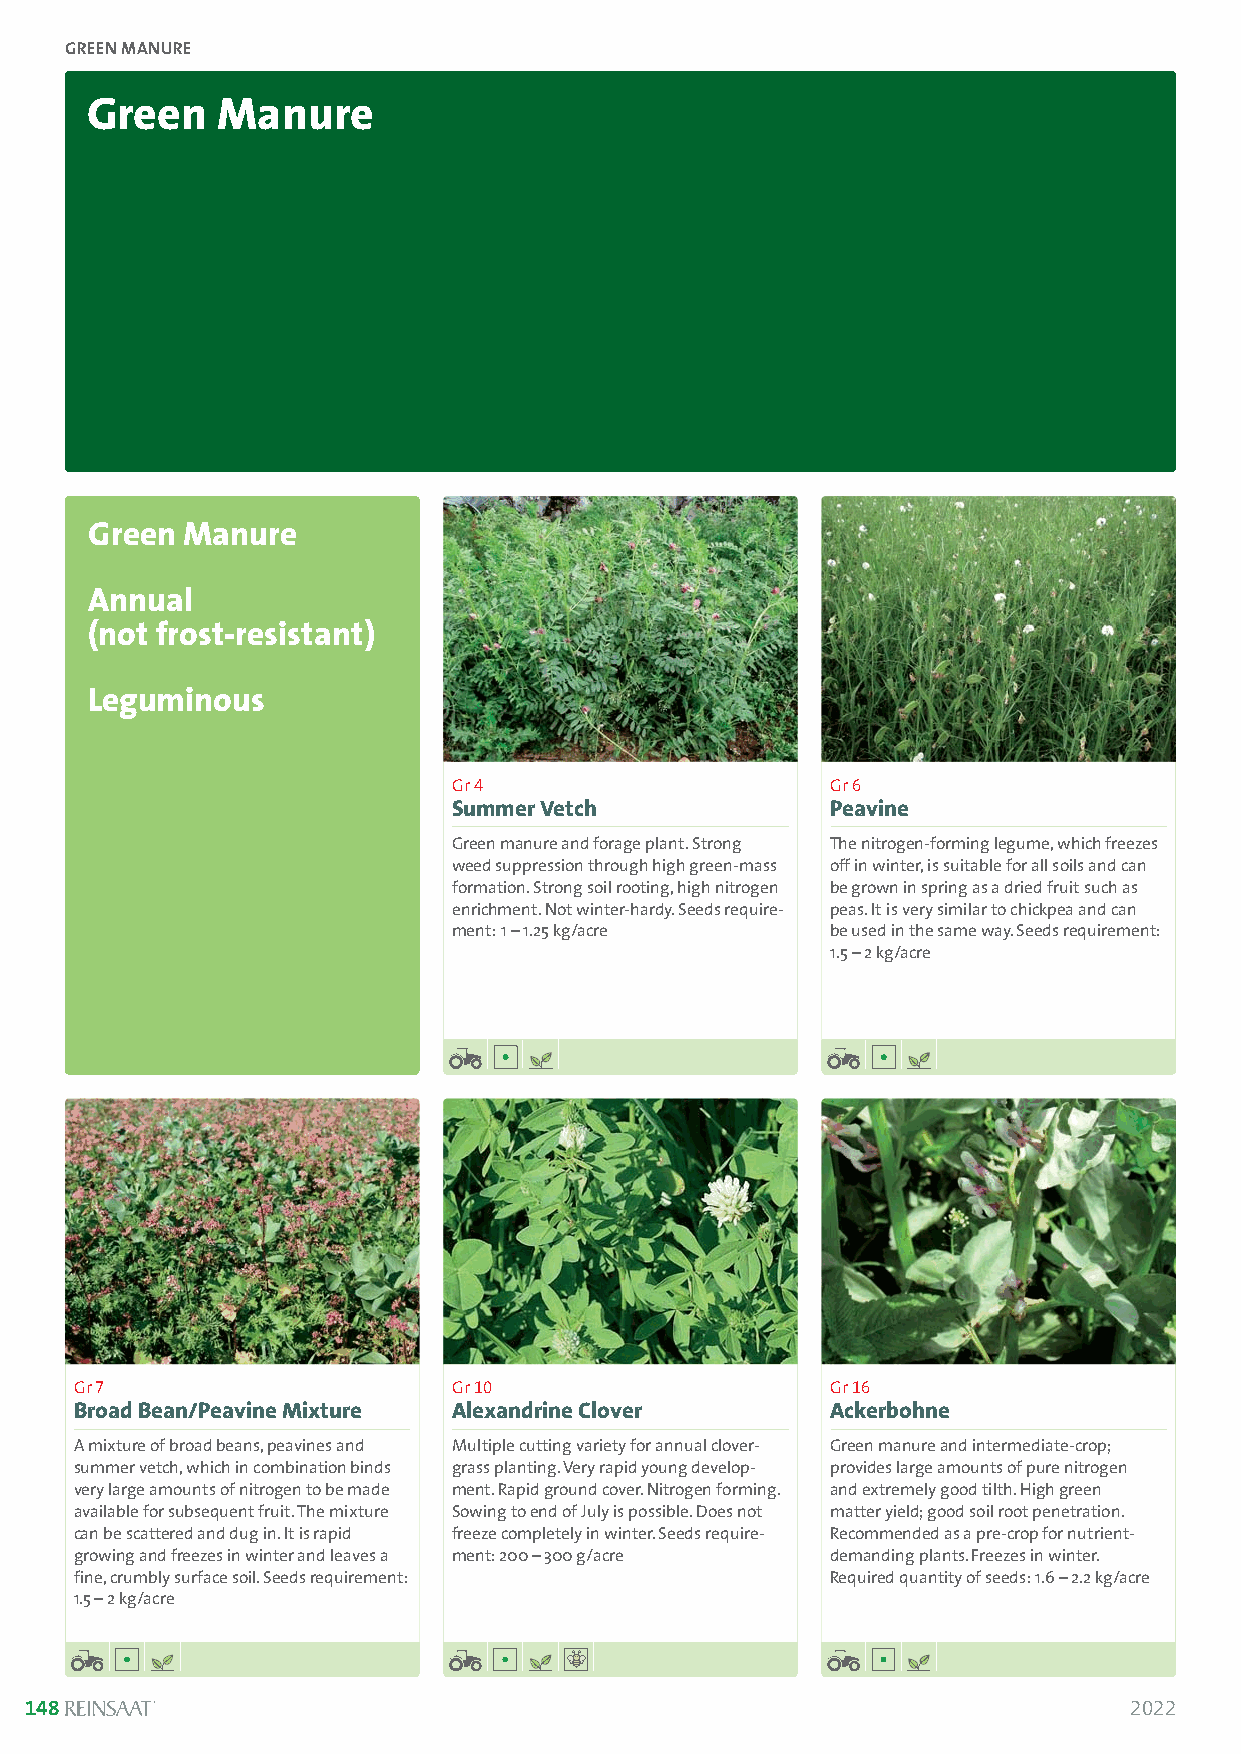
GREEN MANURE
 Green   Manure
 Green Manure
 Annual
 (not frost-resistant)
 Solanum lycopersicum
 Leguminous
 Gr 4                     Gr 6
 Summer Vetch             Peavine
 Green manure and forage plant. Strong The nitrogen-forming legume, which freezes
 weed suppression through high green-mass off in winter, is suitable for all soils and can
 formation. Strong soil rooting, high nitrogen be grown in spring as a dried fruit such as
 enrichment. Not winter-hardy. Seeds require- peas. It is very similar to chickpea and can
 ment:1 –1.25 kg/acre     be used in the same way. Seeds requirement:
 1.5 –2 kg/acre
 Gr 7                     Gr 10                    Gr 16
 Broad Bean/Peavine Mixture Alexandrine Clover     Ackerbohne
 A mixture of broad beans, peavines and Multiple cutting variety for annual clover- Green manure and intermediate-crop;
 summer vetch, which in combination binds grass planting. Very rapid young develop- provides large amounts of pure nitrogen
 very large amounts of nitrogen to be made ment. Rapid ground cover. Nitrogen forming. and extremely good tilth. High green
 available for subsequent fruit. The mixture Sowing to end of July is possible. Does not matter yield; good soil root penetration.
 can be scattered and dug in. It is rapid freeze completely in winter. Seeds require- Recommended as a pre-crop for nutrient-
 growing and freezes in winter and leaves a ment: 200 –300 g/acre demanding plants. Freezes in winter.
 fine, crumbly surface soil. Seeds requirement:    Required quantity of seeds: 1.6 –2.2 kg/acre
 1.5 – 2 kg/acre
 148                                                                      2022